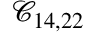
\mathcal { C } _ { 1 4 , 2 2 }